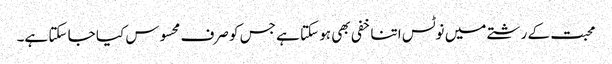
محبت کے رشتے میں نوٹس اتنا خفی بھی ہو سکتا ہے جس کو صرف محسوس کیا جا سکتا ہے۔